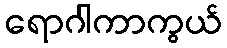
ရောဂါကာကွယ်